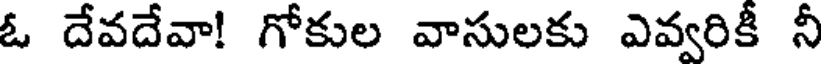
ఓ దేవదేవా! గోకుల వాసులకు ఎవ్వరికీ నీ